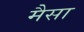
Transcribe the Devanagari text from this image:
मैसा